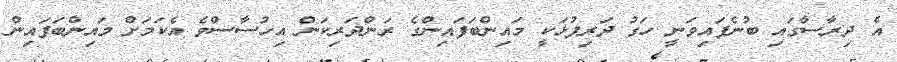
އެ ދިރާސާގައި ބުނެފައިވަނީ ހަގު ދަރިފުޅަކީ މައިންބަފައިންގެ ރަންދަރިކަން އިހުސާސްވެ އެކަމަށް މައިންބަފައިން